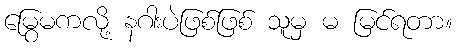
မြွေမကလို့ နဂါးပဲဖြစ်ဖြစ် သူမှ မ မြင်ရတာ။